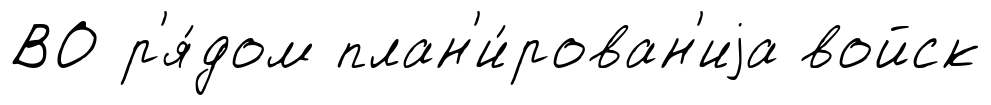
ВО р'я́дом план'и́рован'иjа войск